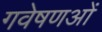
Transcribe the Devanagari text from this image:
गवेषणओं